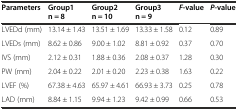
<table><thead><tr><td><b>Parameters</b></td><td><b>Group1 n = 8</b></td><td><b>Group2 n = 10</b></td><td><b>Group3 n = 9</b></td><td><b><i>F</i>-value</b></td><td><b><i>P</i>-value</b></td></tr></thead><tbody><tr><td>LVEDd (mm)</td><td>13.14 ± 1.43</td><td>13.51 ± 1.69</td><td>13.33 ± 1.58</td><td>0.12</td><td>0.89</td></tr><tr><td>LVEDs (mm)</td><td>8.62 ± 0.86</td><td>9.00 ± 1.02</td><td>8.81 ± 0.92</td><td>0.37</td><td>0.70</td></tr><tr><td>IVS (mm)</td><td>2.12 ± 0.31</td><td>1.88 ± 0.36</td><td>2.08 ± 0.37</td><td>1.28</td><td>0.30</td></tr><tr><td>PW (mm)</td><td>2.04 ± 0.22</td><td>2.01 ± 0.20</td><td>2.23 ± 0.38</td><td>1.63</td><td>0.22</td></tr><tr><td>LVEF (%)</td><td>67.38 ± 4.63</td><td>65.97 ± 4.61</td><td>66.93 ± 3.73</td><td>0.25</td><td>0.78</td></tr><tr><td>LAD (mm)</td><td>8.84 ± 1.15</td><td>9.94 ± 1.23</td><td>9.42 ± 0.99</td><td>0.66</td><td>0.53</td></tr></tbody></table>